Vaccination in Bombay 1863-1868 - 1863-1868
Year: 1863
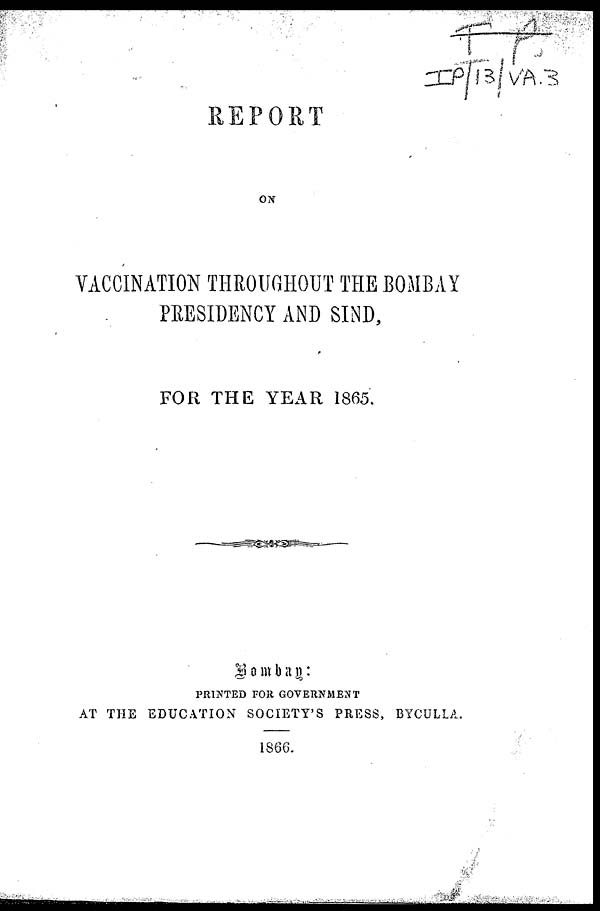
REPORT
ON
VACCINATION THROUGHOUT THE BOMBAY
PRESIDENCY AND SIND,
FOR THE YEAR 1865.
Bombay :
PRINTED FOR GOVERNMENT
AT THE EDUCATION SOCIETY'S PRESS, BYCULLA.
1866.